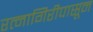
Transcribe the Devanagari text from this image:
रत्‍नागिरीपासून